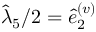
\hat { \lambda } _ { 5 } / 2 = \hat { e } _ { 2 } ^ { ( v ) }